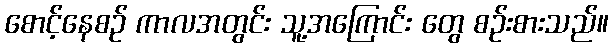
စောင့်နေစဉ် ကာလအတွင်း သူ့အကြောင်း တွေ စဉ်းစားသည်။